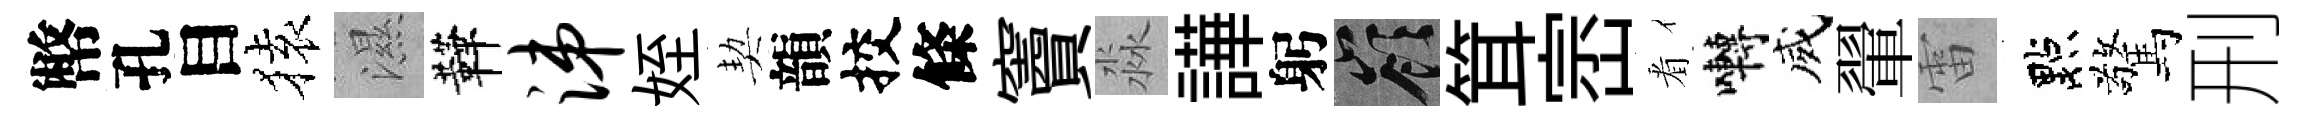
幣孔目𫞤濕鞾涕姪契韻挍條竇淼譁躬嶺䇯崈㸔囀威翬雷點驚刑